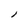
Character: l